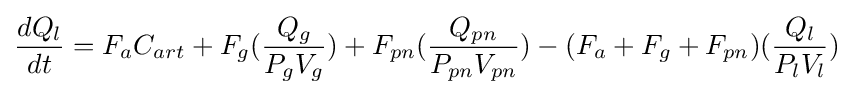
{dQ_{l} \over dt}=F_{a}C_{art}+F_{g}({{Q_{g}} \over {P_{g}V_{g}}})+F_{pn}({{Q_{pn}} \over {P_{pn}V_{pn}}})-(F_{a}+F_{g}+F_{pn})({{Q_{l}} \over {P_{l}V_{l}}})